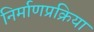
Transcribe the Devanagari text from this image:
निर्माणप्रक्रिया